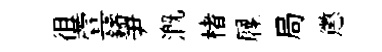
徂萱鑄尹溉楮屧局懲